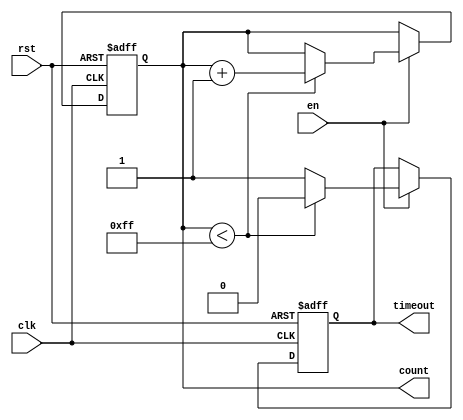
module timeout_counter #(
    parameter MAX_COUNT = 8'd255  // Configurable maximum count value
)(
    input wire clk,                // Clock input
    input wire rst,                // Asynchronous reset
    input wire en,                 // Enable signal
    output reg [7:0] count,        // 8-bit count output
    output reg timeout             // Time-out signal
);

    // Always block for counter operation
    always @(posedge clk or posedge rst) begin
        if (rst) begin
            count <= 8'd0;          // Reset count to 0
            timeout <= 1'b0;        // Deassert time-out signal
        end else if (en) begin
            if (count < MAX_COUNT) begin
                count <= count + 1; // Increment count
                timeout <= 1'b0;     // Keep time-out low while counting
            end else begin
                timeout <= 1'b1;     // Assert time-out signal when max count is reached
            end
        end
    end

endmodule